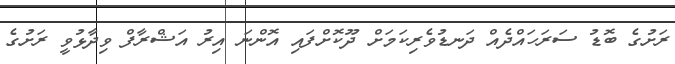
ރަށުގެ ބޮޑު ސަރަހައްދެއް ދަނޑުވެރިކަމަށް ދޫކޮށްފައި އޮންނަ އިރު އަޝްރާފް ވިދާޅުވީ ރަށުގެ